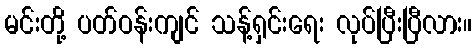
မင်းတို့ ပတ်ဝန်းကျင် သန့်ရှင်းရေး လုပ်ပြီးပြီလား။